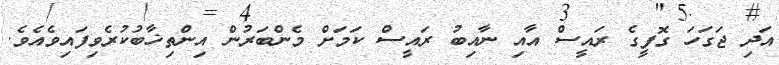
އަދި ޖަގަހަ ގޮފީގެ ރައީސް އާއި ނާއިބު ރައީސް ކަމަށް މެންބަރުން އިންތިޚާބުކުރެވިފައިވެއެވެ.